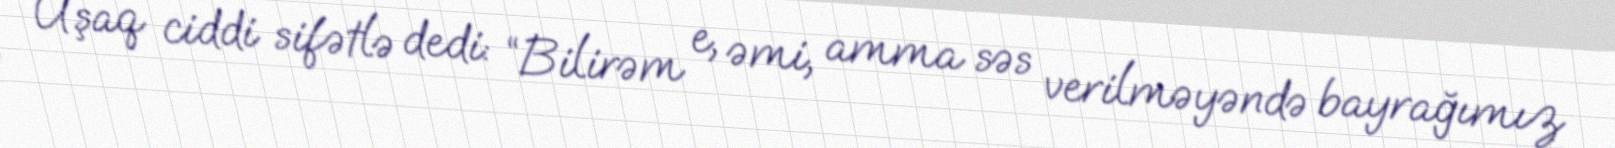
Uşaq ciddi sifətlə dedi: “Bilirəm e, əmi, amma səs verilməyəndə bayrağımız